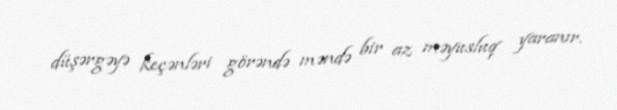
düşərgəyə keçənləri görəndə məndə bir az məyusluq yaranır.